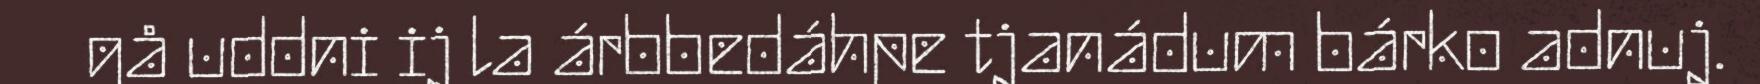
gå uddni ij la árbbedáhpe tjanádum bárko adnuj.